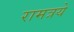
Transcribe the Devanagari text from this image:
रामत्रये